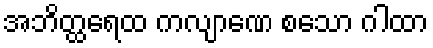
အဘိတ္ထရေထ ကလျာဏေ စသော ဂါထာ